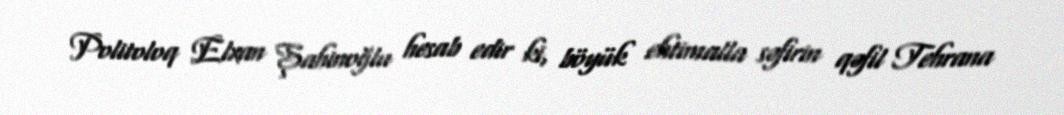
Politoloq Elxan Şahinoğlu hesab edir ki, böyük ehtimalla səfirin qəfil Tehrana